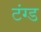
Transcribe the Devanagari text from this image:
टंग्ड